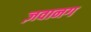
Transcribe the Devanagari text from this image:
ज़वानग